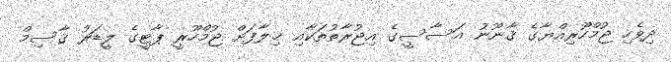
ދިވެހި ޖުމްހޫރިއްޔާގެ ޤާނޫނު އަސާސީގެ އިޖުރާތުތަކާއި ޚިލާފަށް ޖުމްހޫރީ ޕާޓީގެ ލީޑަރު ޤާސިމް